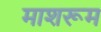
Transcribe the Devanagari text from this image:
माशरूम